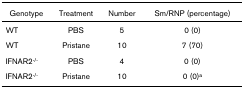
| Genotype | Treatment | Number | Sm/RNP (percentage) |
 | --- | --- | --- | --- |
 | WT | PBS | 5 | 0 (0) |
 | WT | Pristane | 10 | 7 (70) |
 | IFNAR2-/- | PBS | 4 | 0 (0) |
 | IFNAR2-/- | Pristane | 10 | 0 (0)a |